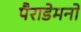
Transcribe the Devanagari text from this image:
पैराडेमनों